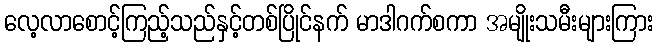
လေ့လာစောင့်ကြည့်သည်နှင့်တစ်ပြိုင်နက် မာဒါဂက်စကာ အမျိုးသမီးများကြား